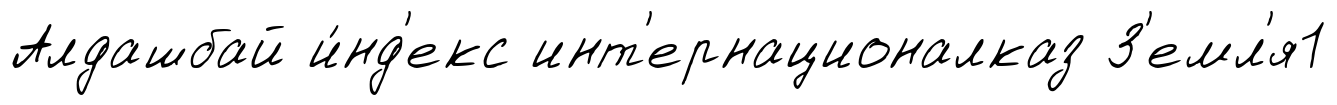
Алдашбай и́нд'екс инт'ернационалказ З'емл'я1